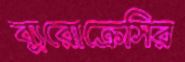
ব্যুরোক্রেসির